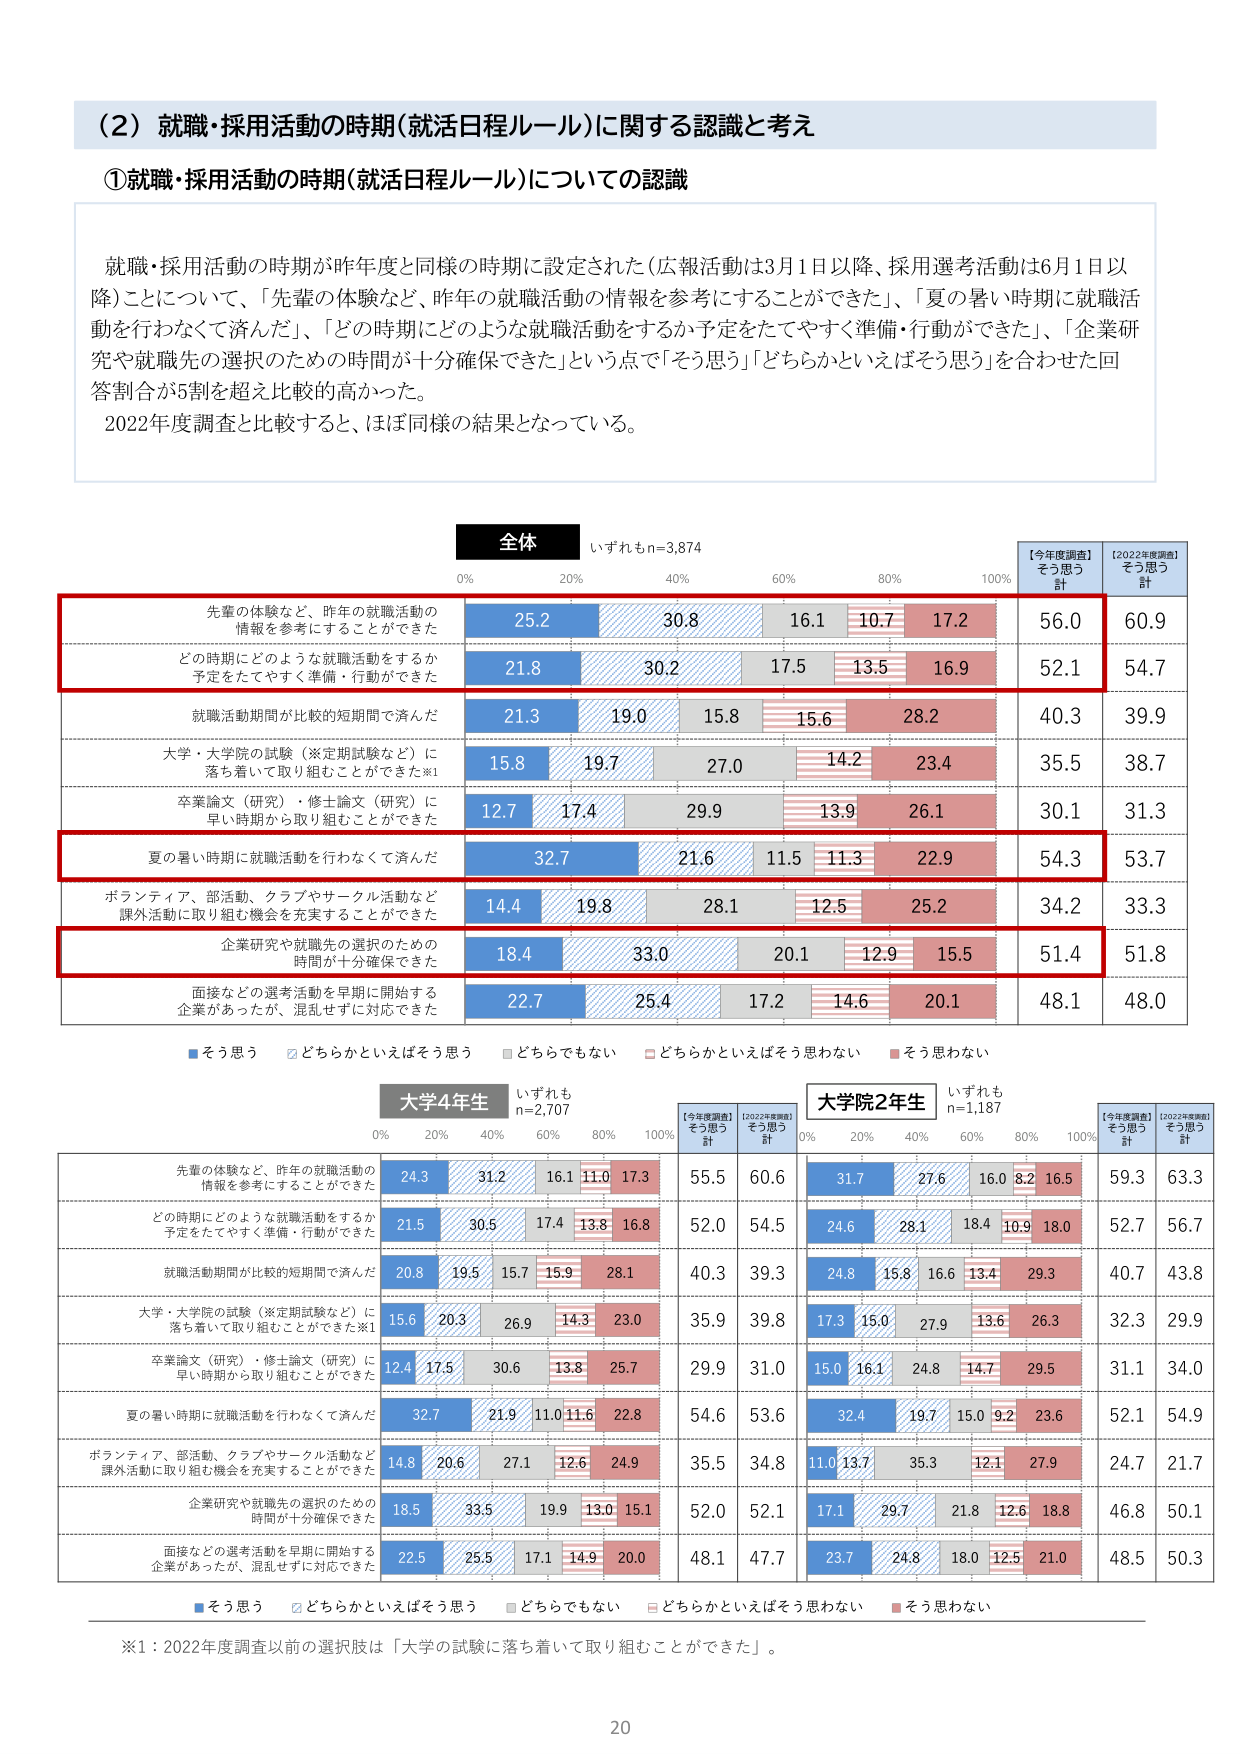
（2）就職・採用活動の時期（就活日程ルール）に関する認識と考え

①就職・採用活動の時期（就活日程ルール）についての認識

就職・採用活動の時期が昨年度と同様の時期に設定された（広報活動は3月1日以降、採用選考活動は6月1日以降）ことについて、「先輩の体験など、昨年の就職活動の情報を参考にすることができた」、「夏の暑い時期に就職活動を行わなくて済んだ」、「どの時期にどのような就職活動をするか予定をたてやすく準備・行動ができた」、「企業研究や就職先の選択のための時間が十分確保できた」という点で「そう思う」「どちらかといえばそう思う」を合わせた回答割合が5割を超え比較的高かった。
2022年度調査と比較すると、ほぼ同様の結果となっている。

全体 いずれもn=3,874
0% 20% 40% 60% 80% 100%
【今年度調査】そう思う計 【2022年度調査】そう思う計

先輩の体験など、昨年の就職活動の情報を参考にすることができた 25.2 30.8 16.1 10.7 17.2 56.0 60.9
どの時期にどのような就職活動をするか予定をたてやすく準備・行動ができた 21.8 30.2 17.5 13.5 16.9 52.1 54.7
就職活動期間が比較的短期間で済んだ 21.3 19.0 15.8 15.6 28.2 40.3 39.9
大学・大学院の試験（※定期試験など）に落ち着いて取り組むことができた※1 15.8 19.7 27.0 14.2 23.4 35.5 38.7
卒業論文（研究）・修士論文（研究）に早い時期から取り組むことができた 12.7 17.4 29.9 13.9 26.1 30.1 31.3
夏の暑い時期に就職活動を行わなくて済んだ 32.7 21.6 11.5 11.3 22.9 54.3 53.7
ボランティア、部活動、クラブやサークル活動など課外活動に取り組む機会を充実することができた 14.4 19.8 28.1 12.5 25.2 34.2 33.3
企業研究や就職先の選択のための時間が十分確保できた 18.4 33.0 20.1 12.9 15.5 51.4 51.8
面接などの選考活動を早期に開始する企業があったが、混乱せずに対応できた 22.7 25.4 17.2 14.6 20.1 48.1 48.0

■そう思う □どちらかといえばそう思う ■どちらでもない □どちらかといえばそう思わない ■そう思わない

大学4年生 いずれもn=2,707
0% 20% 40% 60% 80% 100%
【今年度調査】そう思う計 【2022年度調査】そう思う計

先輩の体験など、昨年の就職活動の情報を参考にすることができた 24.3 31.2 16.1 11.0 17.3 55.5 60.6
どの時期にどのような就職活動をするか予定をたてやすく準備・行動ができた 21.5 30.5 17.4 13.8 16.8 52.0 54.5
就職活動期間が比較的短期間で済んだ 20.8 19.5 15.7 15.9 28.1 40.3 39.3
大学・大学院の試験（※定期試験など）に落ち着いて取り組むことができた※1 15.6 20.3 26.9 14.3 23.0 35.9 39.8
卒業論文（研究）・修士論文（研究）に早い時期から取り組むことができた 12.4 17.5 30.6 13.8 25.7 29.9 31.0
夏の暑い時期に就職活動を行わなくて済んだ 32.7 21.9 11.0 11.6 22.8 54.6 53.6
ボランティア、部活動、クラブやサークル活動など課外活動に取り組む機会を充実することができた 14.8 20.6 27.1 12.6 24.9 35.5 34.8
企業研究や就職先の選択のための時間が十分確保できた 18.5 33.5 19.9 13.0 15.1 52.0 52.1
面接などの選考活動を早期に開始する企業があったが、混乱せずに対応できた 22.5 25.5 17.1 14.9 20.0 48.1 47.7

大学院2年生 いずれもn=1,187
0% 20% 40% 60% 80% 100%
【今年度調査】そう思う計 【2022年度調査】そう思う計

先輩の体験など、昨年の就職活動の情報を参考にすることができた 31.7 27.6 16.0 8.2 16.5 59.3 63.3
どの時期にどのような就職活動をするか予定をたてやすく準備・行動ができた 24.6 28.1 18.4 10.9 18.0 52.7 56.7
就職活動期間が比較的短期間で済んだ 24.8 15.8 16.6 13.4 29.3 40.7 43.8
大学・大学院の試験（※定期試験など）に落ち着いて取り組むことができた※1 17.3 15.0 27.9 13.6 26.3 32.3 29.9
卒業論文（研究）・修士論文（研究）に早い時期から取り組むことができた 15.0 16.1 24.8 14.7 29.5 31.1 34.0
夏の暑い時期に就職活動を行わなくて済んだ 32.4 19.7 15.0 9.2 23.6 52.1 54.9
ボランティア、部活動、クラブやサークル活動など課外活動に取り組む機会を充実することができた 11.0 13.7 35.3 12.1 27.9 24.7 21.7
企業研究や就職先の選択のための時間が十分確保できた 17.1 29.7 21.8 12.6 18.8 46.8 50.1
面接などの選考活動を早期に開始する企業があったが、混乱せずに対応できた 23.7 24.8 18.0 12.5 21.0 48.5 50.3

■そう思う □どちらかといえばそう思う ■どちらでもない □どちらかといえばそう思わない ■そう思わない

※1：2022年度調査以前の選択肢は「大学の試験に落ち着いて取り組むことができた」。

20